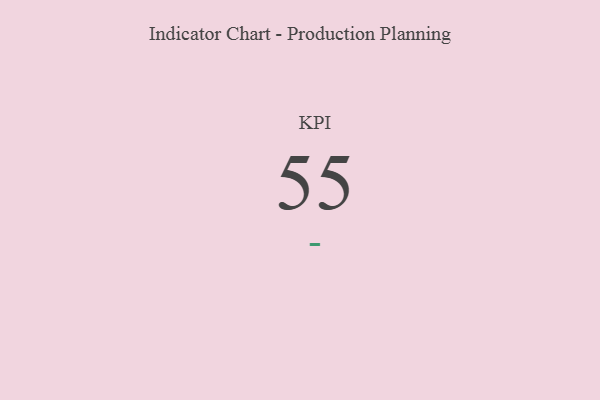
{"axis": {"x": "KPI", "y": "Value"}, "legend": [""], "data": [{"x": "KPI", "y": 55, "type": ""}]}